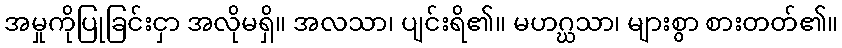
အမှုကိုပြုခြင်းငှာ အလိုမရှိ။ အလသာ၊ ပျင်းရိ၏။ မဟဂ္ဃသာ၊ များစွာ စားတတ်၏။